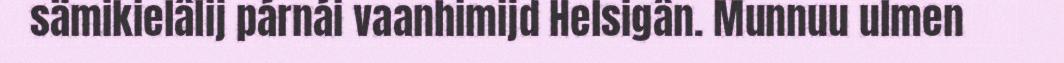
sämikielâlij párnái vaanhimijd Helsigân. Munnuu ulmen